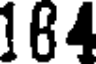
164